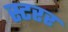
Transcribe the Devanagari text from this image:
स्टरर